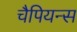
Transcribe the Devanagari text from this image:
चैपियन्स